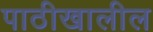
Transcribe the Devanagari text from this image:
पाठीखालील